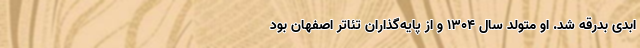
ابدی بدرقه شد. او متولد سال ۱۳۰۴ و از پایه‌گذاران تئاتر اصفهان بود